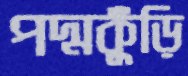
পদ্মকুঁড়ি